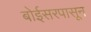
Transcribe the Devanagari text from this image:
बोईसरपासून